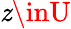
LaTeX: \mathit{z}\inU